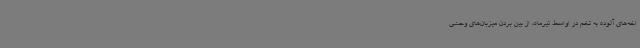
اخه‌های آلوده به تخم در اواسط تیرماه، از بین بردن میزبان‌های وحشی